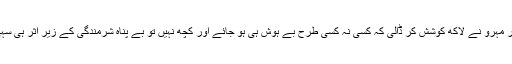
اور مہرو نے لاکھ کوشش کر ڈالی کہ کسی نہ کسی طرح بے ہوش ہی ہو جائے اور کچھ نہیں تو بے پناہ شرمندگی کے زیر اثر ہی سہی۔